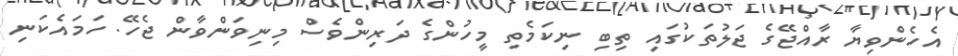
އެހެންވިޔާ ރާއްޖޭގެ ޖަލުތަކުގައި ތިބި ނިކަމެތި މީހުންގެ ދަރިންވެސް މިނިވަންވާން ޖެހޭ. ހަމައެކަނި